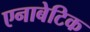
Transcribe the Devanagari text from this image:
एनाबेटिक